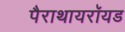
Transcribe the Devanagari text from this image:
पैराथायरॉयड